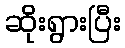
ဆိုးရွားပြီး